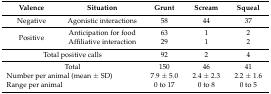
| Valence | Situation | Grunt | Scream | Squeal |
 | --- | --- | --- | --- | --- |
 | Negative | Agonistic interactions | 58 | 44 | 37 |
 | <ROWSPAN=2> Positive | Anticipation for food | 63 | 1 | 2 |
 | Affiliative interaction | 29 | 1 | 2 |
 | <COLSPAN=2> Total positive calls | 92 | 2 | 4 |
 | <COLSPAN=2> Total | 150 | 46 | 41 |
 | <COLSPAN=2> Number per animal (mean ± SD) | 7.9 ± 5.0 | 2.4 ± 2.3 | 2.2 ± 1.6 |
 | <COLSPAN=2> Range per animal | 0 to 17 | 0 to 8 | 0 to 5 |